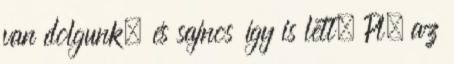
van dolgunk, és sajnos így is lett. Pl. az